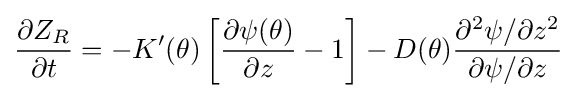
{\frac {\partial Z_{R}}{\partial t}}=-K'(\theta )\left[{\frac {\partial \psi (\theta )}{\partial z}}-1\right]-D(\theta ){\frac {\partial ^{2}\psi /\partial z^{2}}{\partial \psi /\partial z}}